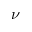
\nu